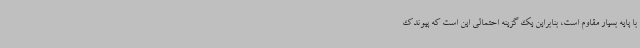
با پایه بسیار مقاوم است، بنابراین یک گزینه احتمالی این است که پیوندک